system: You are a helpful assistant.
user:
Analyze the provided spectrum to determine if it is a **White Dwarf (WD)**.

A White Dwarf spectrum is defined by its **extreme purity** (due to gravitational settling) and/or **extreme pressure broadening** (due to high surface gravity). You must check for one of the following mutually exclusive signatures:

- **Key Visual Indicators (Check for ONE of these types):**

    - **1. DA-Type Signature (Most Common):**
        - **(Primary Feature):** Extreme pressure broadening (Stark broadening) of the **Hydrogen (H) Balmer lines**.
        - **(Key Lines):** $H\beta$ (approx. $4861$ Å) and $H\gamma$ (approx. $4340$ Å). $H\alpha$ (approx. $6563$ Å) will also be present if the wavelength range covers it.
        - **(Line Profile):** This is the **defining feature**. The lines are **NOT** sharp. They appear as massive, **extremely broad and deep "troughs" or "dips"** in the spectrum, often hundreds of Ångströms wide. The continuum will appear to "scoop" down at these wavelengths.
        - **(Distinction):** Normal A-type or B-type stars have *narrow* and *sharp* Hydrogen lines. A DA White Dwarf's lines are unmistakably "smeared" or "blurry" from pressure.

    - **2. DB-Type Signature:**
        - **(Primary Feature):** Broad absorption lines from **Neutral Helium (He I)**. The spectrum must lack any visible Hydrogen lines.
        - **(Key Lines):** Look for broad absorption near $4471$ Å, $4921$ Å, and $5876$ Å.
        - **(Line Profile):** These lines are also significantly pressure-broadened, appearing much wider than they would in a normal B-type main-sequence star.

    - **3. DC-Type Signature:**
        - **(Primary Feature):** A **featureless continuous spectrum**.
        - **(Line Profile):** The spectrum is a smooth curve with **no significant absorption or emission lines**.
        - **(Key Confirmation):** The continuum is almost always **blue or white**, indicating a hot object. This signature implies the atmosphere is so pure (or so cool) that no spectral lines are visible in the optical range. Its WD identity is confirmed by its extremely low intrinsic brightness (high absolute magnitude).

    - **4. DZ-Type Signature (Metal-Polluted):**
        - **(Primary Feature):** **Isolated, narrow metal absorption lines** on an otherwise featureless (DC-like) continuum.
        - **(Key Lines):** The **Calcium (Ca II) H & K doublet** (approx. **$3934$ Å** and **$3968$ Å**) is the most common and defining feature.
        - **(Line Profile):** These lines are "out of place." They are *not* part of a "forest" of thousands of lines. This signature is evidence of recent *accretion* (pollution) from rocky debris.
        - **(Distinction):** Normal G/K/M stars have a *dense forest* of thousands of metal lines. A DZ has a *clean* continuum with *only a few* strong metal lines.

    - **5. DQ-Type Signature (Carbon-Polluted):**
        - **(Primary Feature):** Absorption bands from **Carbon (C₂ "Swan Bands" or atomic C I)**.
        - **(Key Lines - C₂):** Look for bandheads with a "saw-tooth" shape near $5635$ Å, **$5165$ Å** (strongest), and $4737$ Å.
        - **(Key Confirmation):** The underlying **continuum must be blue or white** (hot).
        - **(Distinction):** This is the critical difference from a **Carbon Star**, which has the *exact same* C₂ bands but on an extremely **red, cool** continuum.

- **(Overall Spectrum):**
    - The continuum (overall shape) is typically **blue-sloping** (brighter in the blue than the red), as most white dwarfs are very hot.
    - The spectrum will look "pure" or "simple," dominated by only *one* of the five signatures listed above.

Think first, call **spectral_visualization_tool** if needed to examine features in detail, then provide your final answer. Your response must adhere to the following strict rules:
1.  **Overall Structure:** Your response must follow the format `<think>...</think> <tool_call>...</tool_call> (if a tool is used) <answer>...</answer>`.
2.  **Tool Usage Constraint:** You may only make **one** tool call per turn.
3.  **Final Answer Format:** In the `<answer>` tag, your conclusion must be inside a `\boxed{}` command (e.g., `\boxed{YES}` or `\boxed{NO}`), followed by your justification.

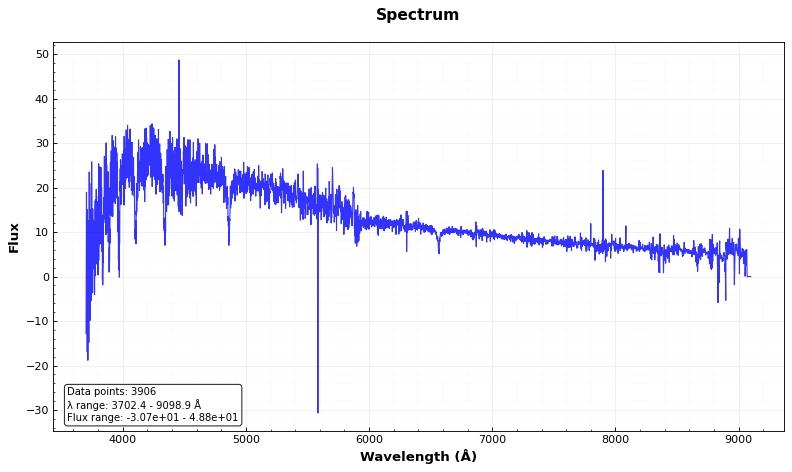
Answer: NO